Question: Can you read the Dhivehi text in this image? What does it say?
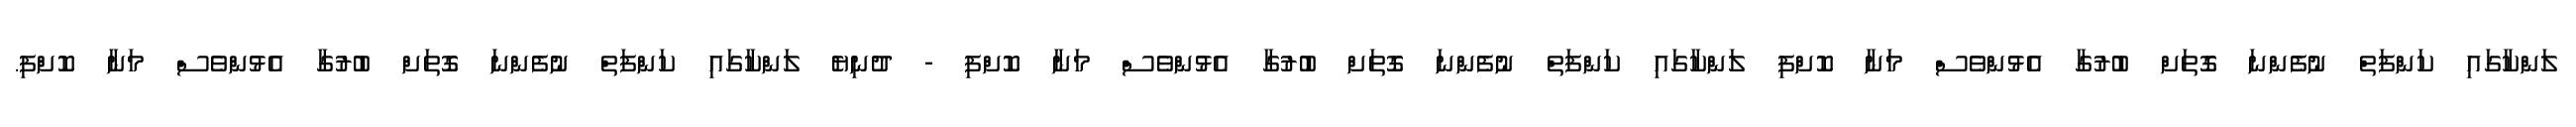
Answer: ލަންކާގައި ކަންފަތް ނުފެންނަ ގޮތަށް ބުރުގާ އެޅުންވެސް މަނާ ކޮށްފި ލަންކާގައި ކަންފަތް ނުފެންނަ ގޮތަށް ބުރުގާ އެޅުންވެސް މަނާ ކޮށްފި - ދުނިޔެ ލަންކާގައި ކަންފަތް ނުފެންނަ ގޮތަށް ބުރުގާ އެޅުންވެސް މަނާ ކޮށްފި.